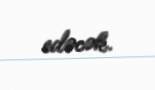
edəcək.